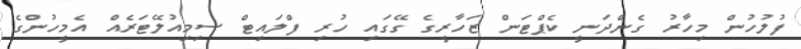
ފުލުހުން މިހާރު ގެންދަނީ ކެޕްޓަން ޒަހާރީގެ ގޭގައި ހުރި ފްލައިޓް ސިމިއުލޭޓަރެއް އެމީހުންގެ